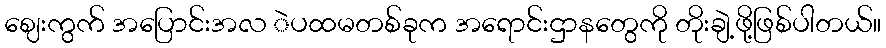
ဈေးကွက် အပြောင်းအလ ဲပထမတစ်ခုက အရောင်းဌာနတွေကို တိုးချဲ့ဖို့ဖြစ်ပါတယ်။